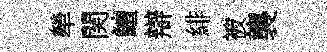
犖関鱣辯緋被襲